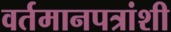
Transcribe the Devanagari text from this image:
वर्तमानपत्रांशी